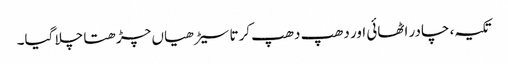
تکیہ، چادر اٹھائی اور دھپ دھپ کرتا سیڑھیاں چڑھتا چلا گیا۔